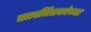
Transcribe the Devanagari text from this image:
तत्त्वचिंतकांच्या